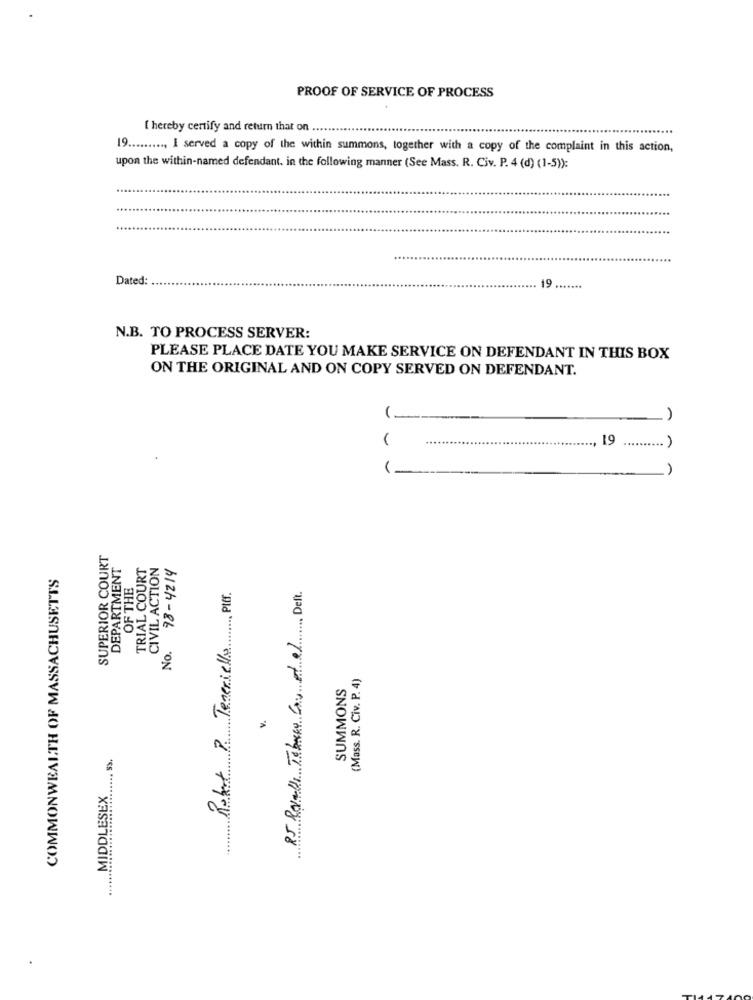
PROOF OF SERVICE OF PROCESS
I hereby certify and return that on
19 .......... I served a copy of the within summons, together with a copy of the complaint in this action,
upon the within-named defendant. in the following manner (See Mass. R. Civ. P. 4 (d) (1-5)):
Dated:
19 .......
N.B. TO PROCESS SERVER:
PLEASE PLACE DATE YOU MAKE SERVICE ON DEFENDANT IN THIS BOX
ON THE ORIGINAL AND ON COPY SERVED ON DEFENDANT.
(-
19
(-
SUPERIOR COURT
DEPARTMENT
TRIAL COURT
CIVIL ACTION
No. 78-4214
COMMONWEALTH OF MASSACHUSETTS
OF THE
Robert P. Teneriello , Pf.
25 Revelli Tebrero Cou et al Dell.
(Mass. R. Civ. P. 4)
SUMMONS
MIDDLESEX